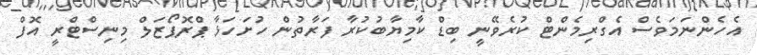
އެހެންނަމަވެސް އެގްރިމެންޓް ކުރެވޭނީ ބިޑް ކާމިޔާބުކުރާ ފަރާތުން ހުށަހަޅާ ޕްރޮޕޯޒަލް މިނިސްޓްރީ އޮފް